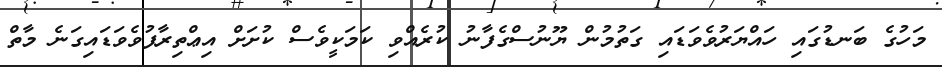
މަހުގެ ބަނޑުގައި ހައްޔަރުވެވަޑައި ގަތުމުން ޔޫނުސްގެފާނު ކުރެއްވި ކަމަކީވެސް ކުށަށް އިޢްތިރާފުވެވަޑައިގަނެ މާތް